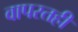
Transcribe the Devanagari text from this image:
वापरतही